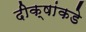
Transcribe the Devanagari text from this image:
दीक्षांकडे